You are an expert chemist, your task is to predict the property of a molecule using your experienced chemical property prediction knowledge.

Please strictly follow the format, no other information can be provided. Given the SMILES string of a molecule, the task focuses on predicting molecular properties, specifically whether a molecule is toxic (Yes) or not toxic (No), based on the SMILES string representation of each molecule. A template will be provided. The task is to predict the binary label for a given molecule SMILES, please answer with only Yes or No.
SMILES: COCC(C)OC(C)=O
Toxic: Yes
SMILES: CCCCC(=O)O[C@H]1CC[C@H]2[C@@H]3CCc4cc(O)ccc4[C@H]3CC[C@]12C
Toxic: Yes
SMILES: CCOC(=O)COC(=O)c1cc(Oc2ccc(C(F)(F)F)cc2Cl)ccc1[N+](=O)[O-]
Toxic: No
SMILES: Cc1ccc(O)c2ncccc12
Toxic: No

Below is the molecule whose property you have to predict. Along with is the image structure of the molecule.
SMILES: CCCC(=O)OCOC(=O)C1=C(C)NC(C)=C(C(=O)OC)C1c1cccc(Cl)c1Cl
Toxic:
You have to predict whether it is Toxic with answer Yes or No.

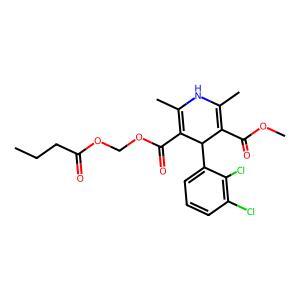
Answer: No